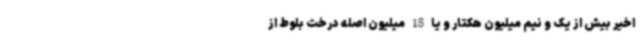
اخیر بیش از یک و نیم میلیون هکتار و یا 18 میلیون اصله درخت بلوط از